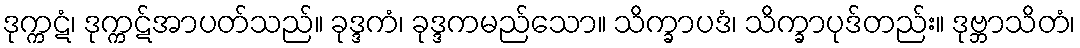
ဒုက္ကဋံ၊ ဒုက္ကဋ်အာပတ်သည်။ ခုဒ္ဒကံ၊ ခုဒ္ဒကမည်သော။ သိက္ခာပဒံ၊ သိက္ခာပုဒ်တည်း။ ဒုဗ္ဘာသိတံ၊